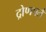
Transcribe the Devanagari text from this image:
द्रोणपर्त